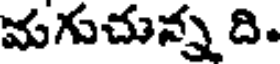
మగుచున్న ది.